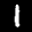
Label: 1